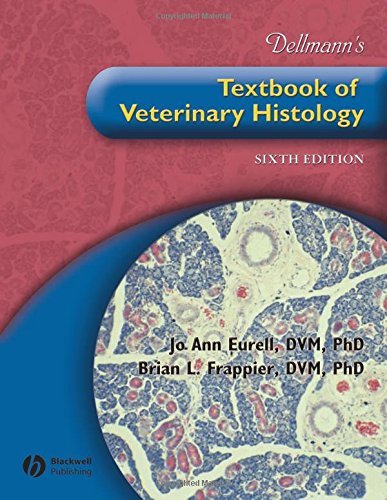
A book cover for Dellmann's Textbook of Veterinary Histology (6th Edition); Jo Ann Eurell; Medical Books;